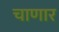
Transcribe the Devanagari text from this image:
चाणार